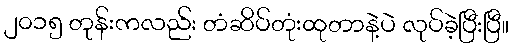
၂၀၁၅ တုန်းကလည်း တံဆိပ်တုံးထုတာနဲ့ပဲ လုပ်ခဲ့ပြီးပြီ။